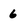
Character: 6